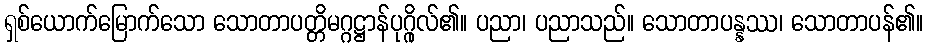
ရှစ်ယောက်မြောက်သော သောတာပတ္တိမဂ္ဂဋ္ဌာန်ပုဂ္ဂိုလ်၏။ ပညာ၊ ပညာသည်။ သောတာပန္နဿ၊ သောတာပန်၏။